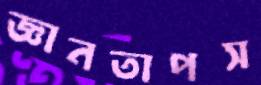
জ্ঞানতাপস